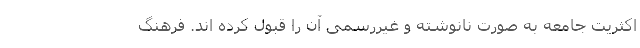
اکثریت جامعه به صورت نانوشته و غیررسمی آن را قبول کرده اند. فرهنگ